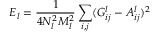
E _ { l } = \frac { 1 } { 4 N _ { l } ^ { 2 } M _ { l } ^ { 2 } } \sum _ { i , j } ( G _ { i j } ^ { l } - A _ { i j } ^ { l } ) ^ { 2 }